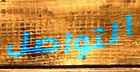
التواصل